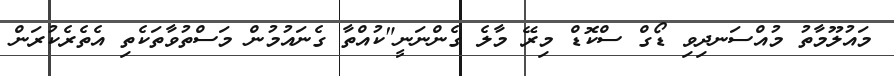
މައުލޫމާތު މުއްސަނދިވި ޑޯގް ސްކޮޑް މިރޭ މާލެ ގެންނަނީ"ކުުއްތާ ގެނައުމުން މަސްތުވާތަކެތި އެތެރެކުރަން